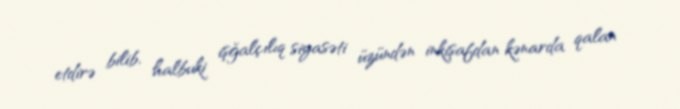
etdirə bilib, halbuki işğalçılıq siyasəti üzündən inkişafdan kənarda qalan